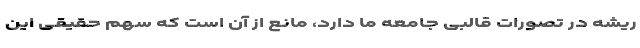
ریشه در تصورات قالبی جامعه ما دارد، مانع از آن است که سهم حقیقی این